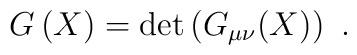
G\left( X\right) =\det \left( G_{\mu \nu }(X)\right) \ .